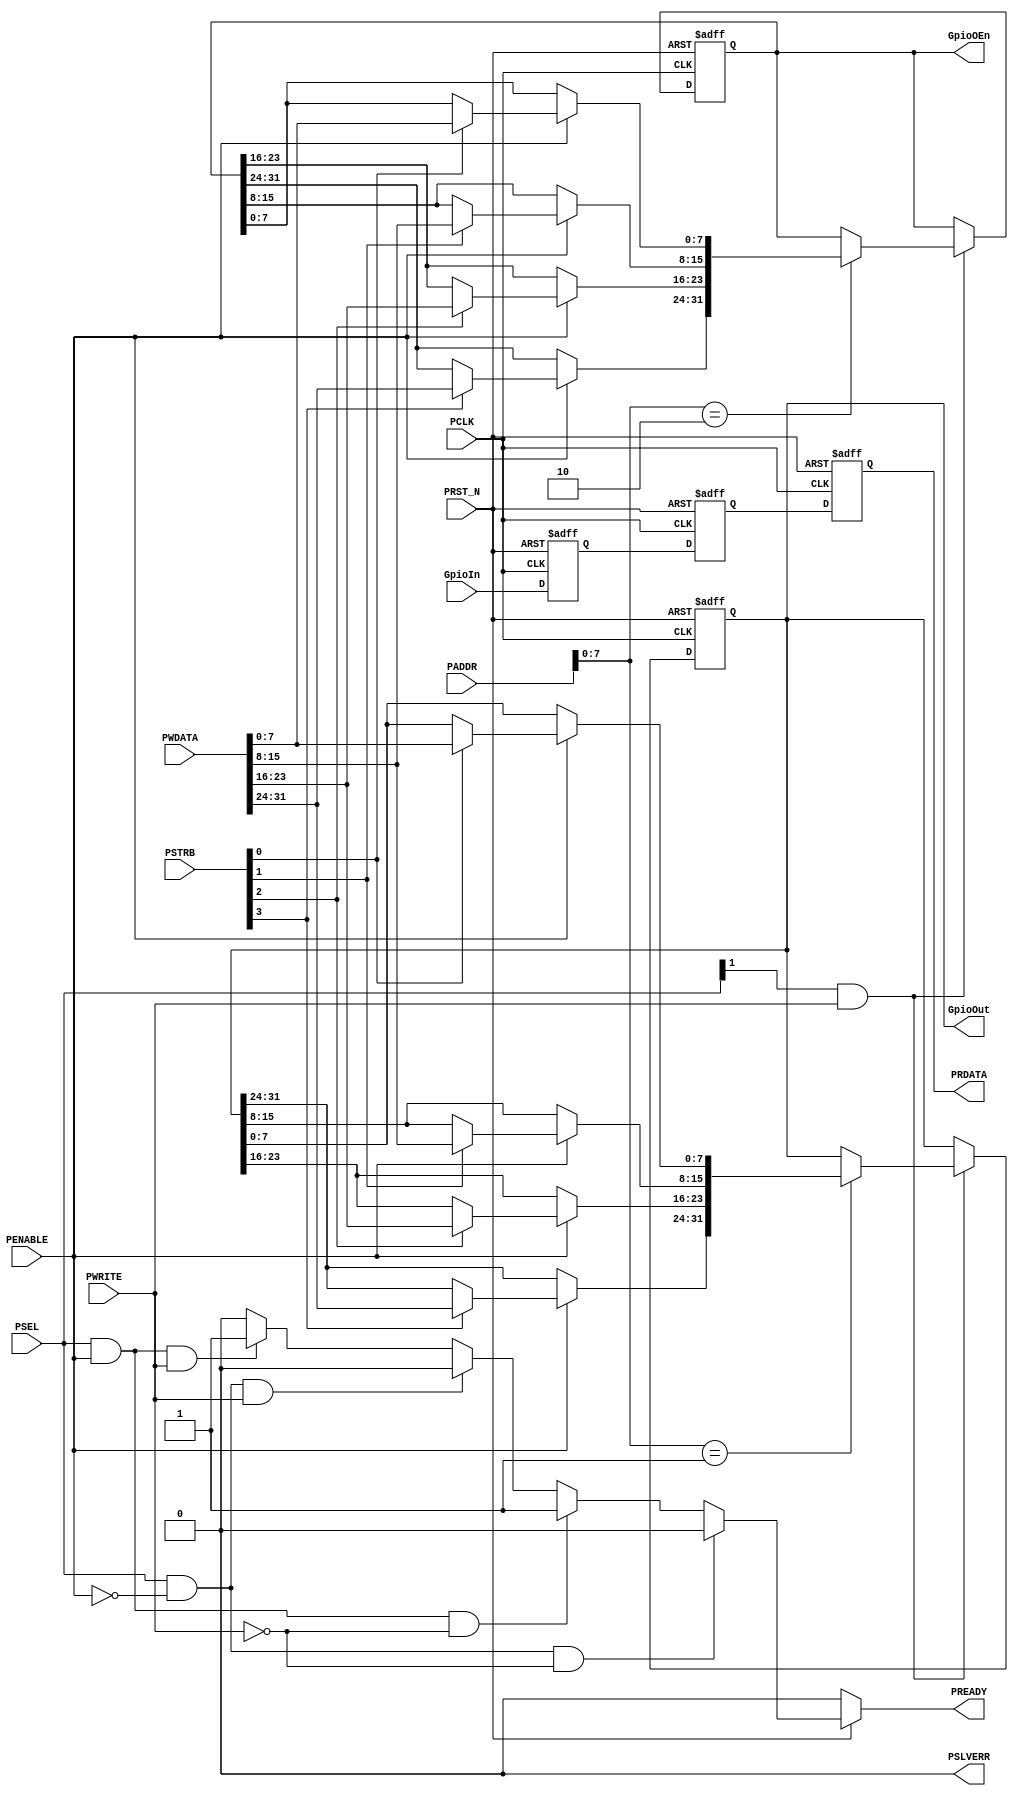
//================================================================================
// Description        : gpio driver that is applicable for the apb bus                 
//================================================================================

`timescale 1ns/100ps

module APB_GPIO(
input              PCLK            , //clock. Rising edge times all transfers on APB
input              PRST_N          , //Reset. The APB reset signal is active LOW
input       [ 7:0] PSEL            , //Select. Indicates that the slave device is selected
input              PENABLE         , //Enable. indecates the second of APB transfer
input              PWRITE          , //Direction. HIGH ->APB write access   LOW -> APB read access
output  reg        PREADY          , //Ready. The slave uses this signal to extend an APB transfer
output             PSLVERR         , //PSLVERR to indicate an error condition on an APB transfer
input       [ 3:0] PSTRB           , //Write strobes. This signal indicates which byte lanes to update during a write transfer
input       [31:0] PADDR           , //Address. can be up to 32 bit wide
input       [31:0] PWDATA          , //Write data.
output      [31:0] PRDATA          , //Read data.
input       [31:0] GpioIn          , //gpio input
output      [31:0] GpioOut         , //gpio output
output      [31:0] GpioOEn           //gpio enable
);
parameter     GPIO_ADDR     = 8'b00000001 ;
parameter     GPIO_DIR_ADDR = 8'b00000010 ;

reg    [31:0] INREG           ;  // input regester    
reg    [31:0] OUTREG          ;  // output regester
reg    [31:0] DIRREG          ;  // direction (control) regester


//Input registers, to prevent metastability
reg    [31:0] GpioInQ1        ;  
reg    [31:0] GpioInQ2        ;


assign PSLVERR  = 1'b0        ; //Never an error

/*==============================================
  always block for reading 
===============================================*/
always @(posedge PCLK or negedge PRST_N) begin
    if (!PRST_N) begin
        //restet all read regesters
        GpioInQ1 <=  32'b0 ;
        GpioInQ2 <=  32'b0 ;
        INREG    <=  32'b0 ;
    end
    else begin
        //to prevent metastability we make this series
        //check fir more info: shorturl.at/hlsDR
        GpioInQ1 <=  GpioIn   ;
        GpioInQ2 <=  GpioInQ1 ;
        INREG    <=  GpioInQ2 ;
    end
end

/*==============================================
  always block for choosing whitch regester to get the output
  address (1) for GpioOut
  address (2) for GpioOEn
===============================================*/
always @(posedge PCLK or negedge PRST_N) begin
    if (!PRST_N) begin
        OUTREG <=  32'b0  ;
        DIRREG <=  32'b0  ;
    end
    else begin
        if(PSEL[1] & PWRITE) begin
            case(PADDR[7:0]) 
                GPIO_ADDR      : begin 
                                  if(PENABLE)
                                    begin 
                                       OUTREG[7:0] = PSTRB[0] ? PWDATA[7:0] : OUTREG[7:0];
                                       OUTREG[15:8] = PSTRB[1] ? PWDATA[15:8] : OUTREG[15:8];
                                       OUTREG[23:16] = PSTRB[2] ? PWDATA[23:16] : OUTREG[23:16];
                                       OUTREG[31:24] = PSTRB[3] ? PWDATA[31:24] : OUTREG[31:24]; 
                                    end 
                                  end
                
                GPIO_DIR_ADDR  : begin 
                                  if(PENABLE)
                                    begin 
                                       DIRREG[7:0] = PSTRB[0] ? PWDATA[7:0] : DIRREG[7:0];
                                       DIRREG[15:8] = PSTRB[1] ? PWDATA[15:8] : DIRREG[15:8];
                                       DIRREG[23:16] = PSTRB[2] ? PWDATA[23:16] : DIRREG[23:16];
                                       DIRREG[31:24] = PSTRB[3] ? PWDATA[31:24] : DIRREG[31:24]; 
                                    end 
                                  end 
            endcase
        end
    end
end

/*========================================================
implement PREADY signal 
===========================================================*/

          always @(*)
       begin
         if(!PRST_N)
              PREADY = 0;
          else
	  if(PSEL && !PENABLE && !PWRITE)
	     begin PREADY = 0; end
	         
	  else if(PSEL && PENABLE && !PWRITE)
	     begin  
	     PREADY = 1;               
	       end
          else if(PSEL && !PENABLE && PWRITE)
	     begin  PREADY = 0; end

	  else if(PSEL && PENABLE && PWRITE)
	     begin  
	           PREADY = 1;
	     end

         else PREADY = 0;
    end


assign GpioOEn = DIRREG ;
assign GpioOut = OUTREG ;
assign PRDATA  = INREG ;

endmodule